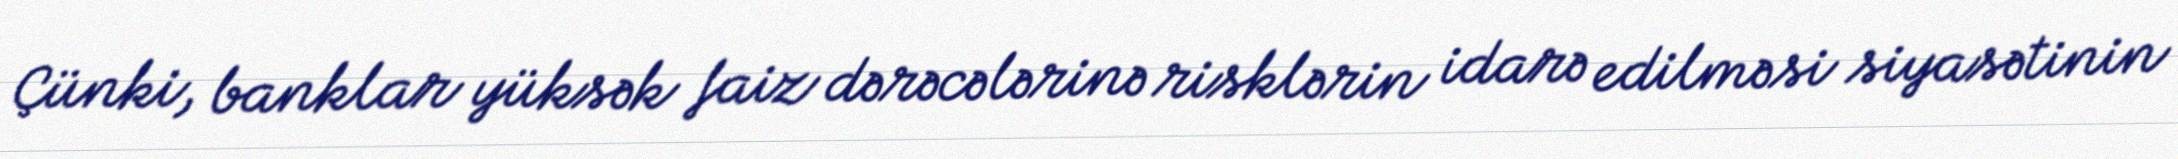
Çünki, banklar yüksək faiz dərəcələrinə risklərin idarə edilməsi siyasətinin